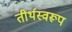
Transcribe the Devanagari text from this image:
तीर्थस्वरूप